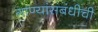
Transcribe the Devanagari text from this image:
गाण्यांसंबंधीची